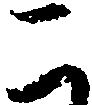
こ